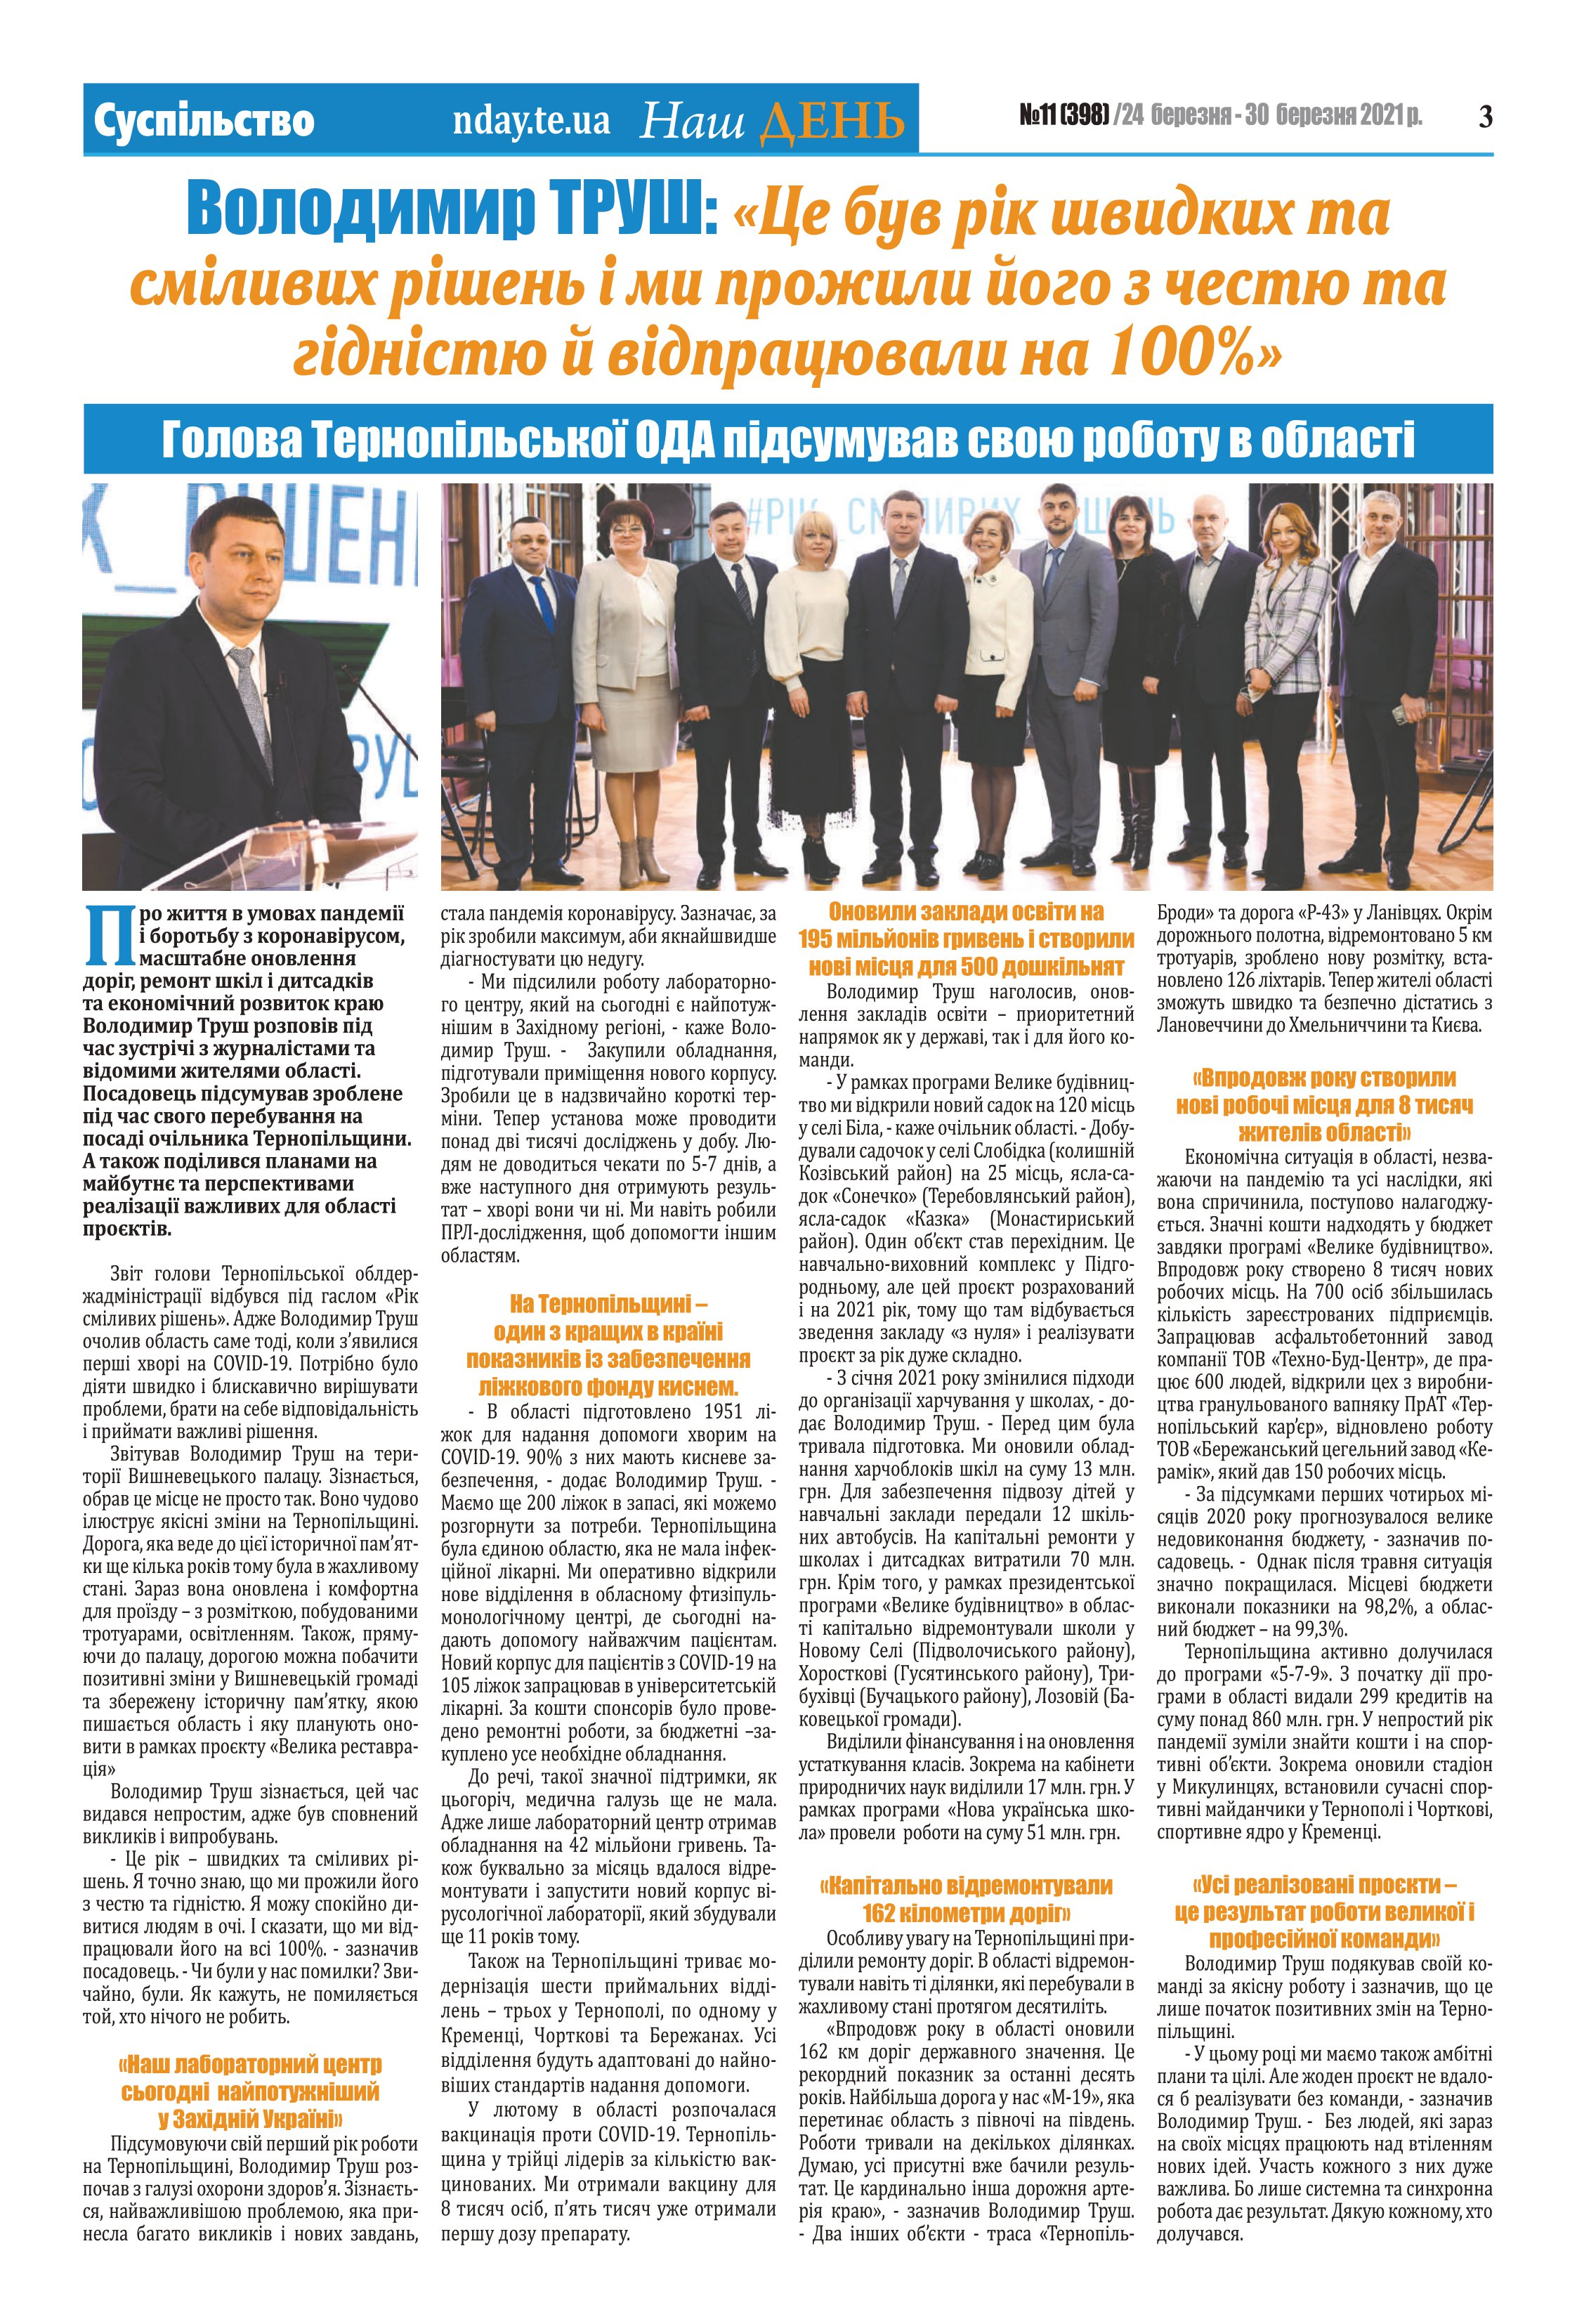
Language: uk